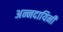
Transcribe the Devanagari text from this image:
अन्नदायिनी